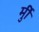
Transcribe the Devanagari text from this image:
र्मुी